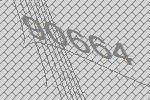
90664